Language: tamil
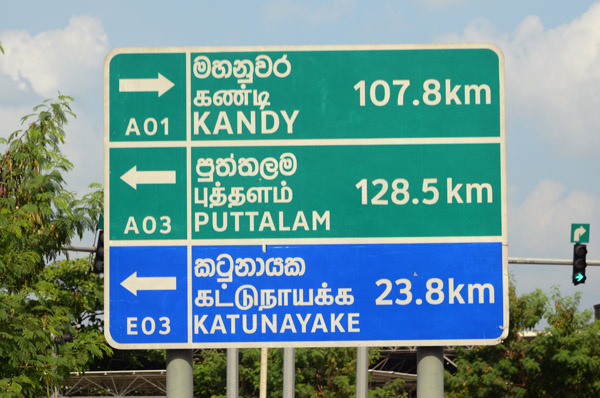
Transcription: கண்டி கட்டுநாயக்க புத்தளம்